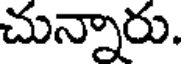
చున్నారు.